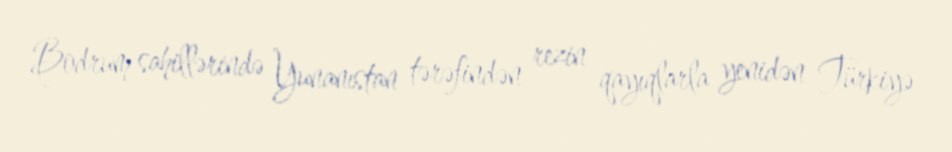
Bodrum sahillərində Yunanıstan tərəfindən rezin qayıqlarla yenidən Türkiyə